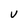
Character: U